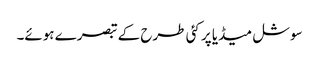
سوشل میڈیا پر کئی طرح کے تبصرے ہوئے۔